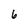
Character: 6